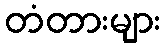
တံတားများ